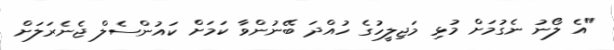
"އެ ލޯނު ނެގުމަށް މުޅި މަޖިލީހުގެ ހުއްދަ ބޭނުންވާ ކަމަށް ކައުންސެލް ޖެނެރަލަށް